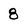
Character: 8